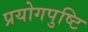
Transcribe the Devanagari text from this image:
प्रयोगपुष्टि